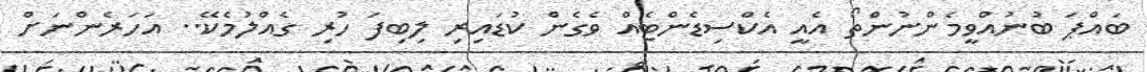
ބައްޕަ ބުނުއްވީމެންނުންތޯ އެއީ އެކްސިޑެންޓެއް ވެގެން ކުޑައިރި ލިބިފަ ހުރި ގެއްލުމެކޭ.. އަހަރެންނަށް